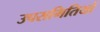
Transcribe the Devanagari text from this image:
उपसमितियों